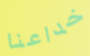
خداعنا